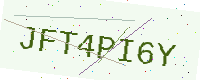
Text: JFT4PI6Y